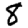
Digit: 8